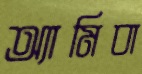
অ্যামিবা